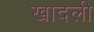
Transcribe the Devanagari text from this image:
खादली